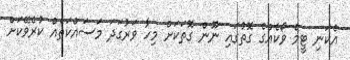
އެކަނި ޓީމް ވޯކެއްގެ ގޮތުގައި ނޫން ގޮތަކަށް މިހާ ވަރުގަދަ މަސައްކަތެއް ކުރެވޭކަށް